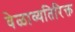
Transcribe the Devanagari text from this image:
वेळाव्यतिरिक्त